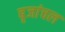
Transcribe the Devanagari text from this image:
बृजांचल